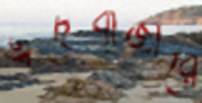
ঈদবাজারে